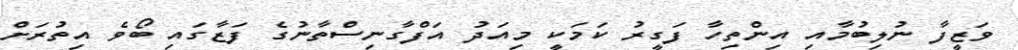
ވަޒީފާ ނުލިބުމާއި އިންތިހާ ފަގީރު ކަމަކީ މިއަދު އަފްގާނިސްތާނުގެ ފަޒާގައި ބޯވެ އިތުރަށް